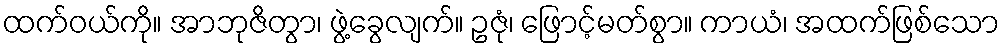
ထက်ဝယ်ကို။ အာဘုဇိတွာ၊ ဖွဲ့ခွေလျက်။ ဥဇုံ၊ ဖြောင့်မတ်စွာ။ ကာယံ၊ အထက်ဖြစ်သော